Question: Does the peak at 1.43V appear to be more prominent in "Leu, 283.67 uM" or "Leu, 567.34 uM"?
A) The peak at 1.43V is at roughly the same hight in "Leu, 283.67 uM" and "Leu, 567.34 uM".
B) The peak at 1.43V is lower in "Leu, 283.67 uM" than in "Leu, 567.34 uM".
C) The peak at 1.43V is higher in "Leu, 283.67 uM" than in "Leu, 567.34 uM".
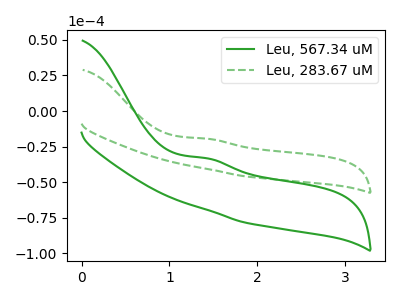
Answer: <think>The green curve "Leu, 567.34 uM" has an anodic peak at: (1.45V, -33.20uA). The green dashed curve "Leu, 283.67 uM" has an anodic peak at: (1.45V, -19.45uA).</think>
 <answer>C) The peak at 1.43V is higher in "Leu, 283.67 uM" than in "Leu, 567.34 uM".</answer>
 <eval>C</eval>